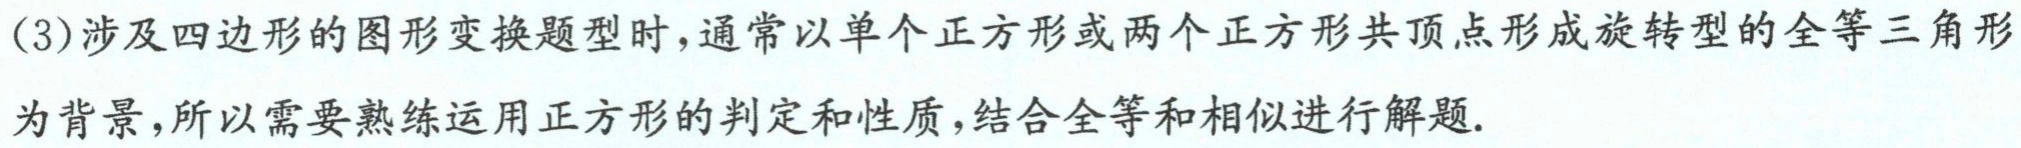
(3)涉及四边形的图形变换题型时,通常以单个正方形或两个正方形共顶点形成旋转型的全等三角形
为背景,所以需要熟练运用正方形的判定和性质,结合全等和相似进行解题.